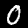
Label: 0